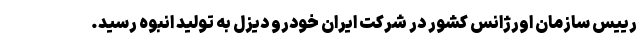
رییس سازمان اورژانس کشور در شرکت ایران خودرو دیزل به تولید انبوه رسید.